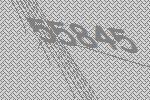
55845